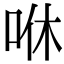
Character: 咻